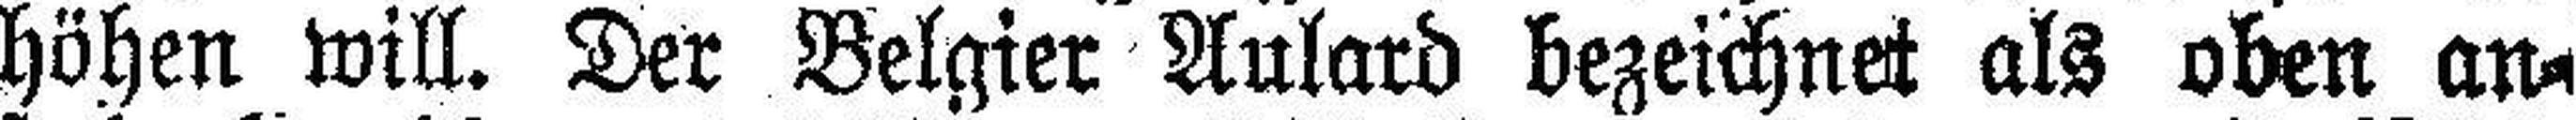
höhen will. Der Belgier Aulard bezeichnet als oben an¬